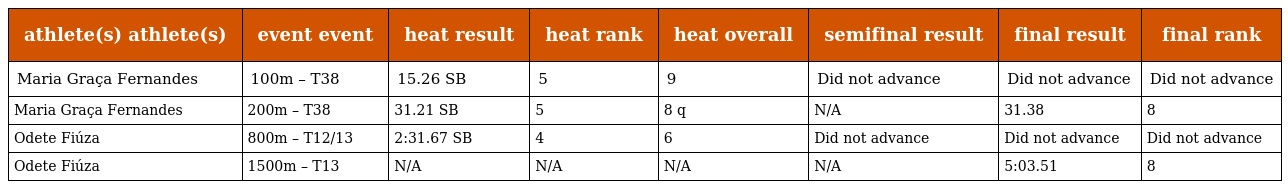
| athlete(s) athlete(s) | event event | heat result | heat rank | heat overall | semifinal result | final result | final rank |
 | --- | --- | --- | --- | --- | --- | --- | --- |
 | Maria Graça Fernandes | 100m – T38 | 15.26 SB | 5 | 9 | Did not advance | Did not advance | Did not advance |
 | Maria Graça Fernandes | 200m – T38 | 31.21 SB | 5 | 8 q | N/A | 31.38 | 8 |
 | Odete Fiúza | 800m – T12/13 | 2:31.67 SB | 4 | 6 | Did not advance | Did not advance | Did not advance |
 | Odete Fiúza | 1500m – T13 | N/A | N/A | N/A | N/A | 5:03.51 | 8 |